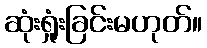
ဆုံးရှုံးခြင်းမဟုတ်။